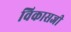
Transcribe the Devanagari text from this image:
विकासजी